65_HS1-834228961_62-HQ-83894_Serial_438
Agency: FBI
Page 34
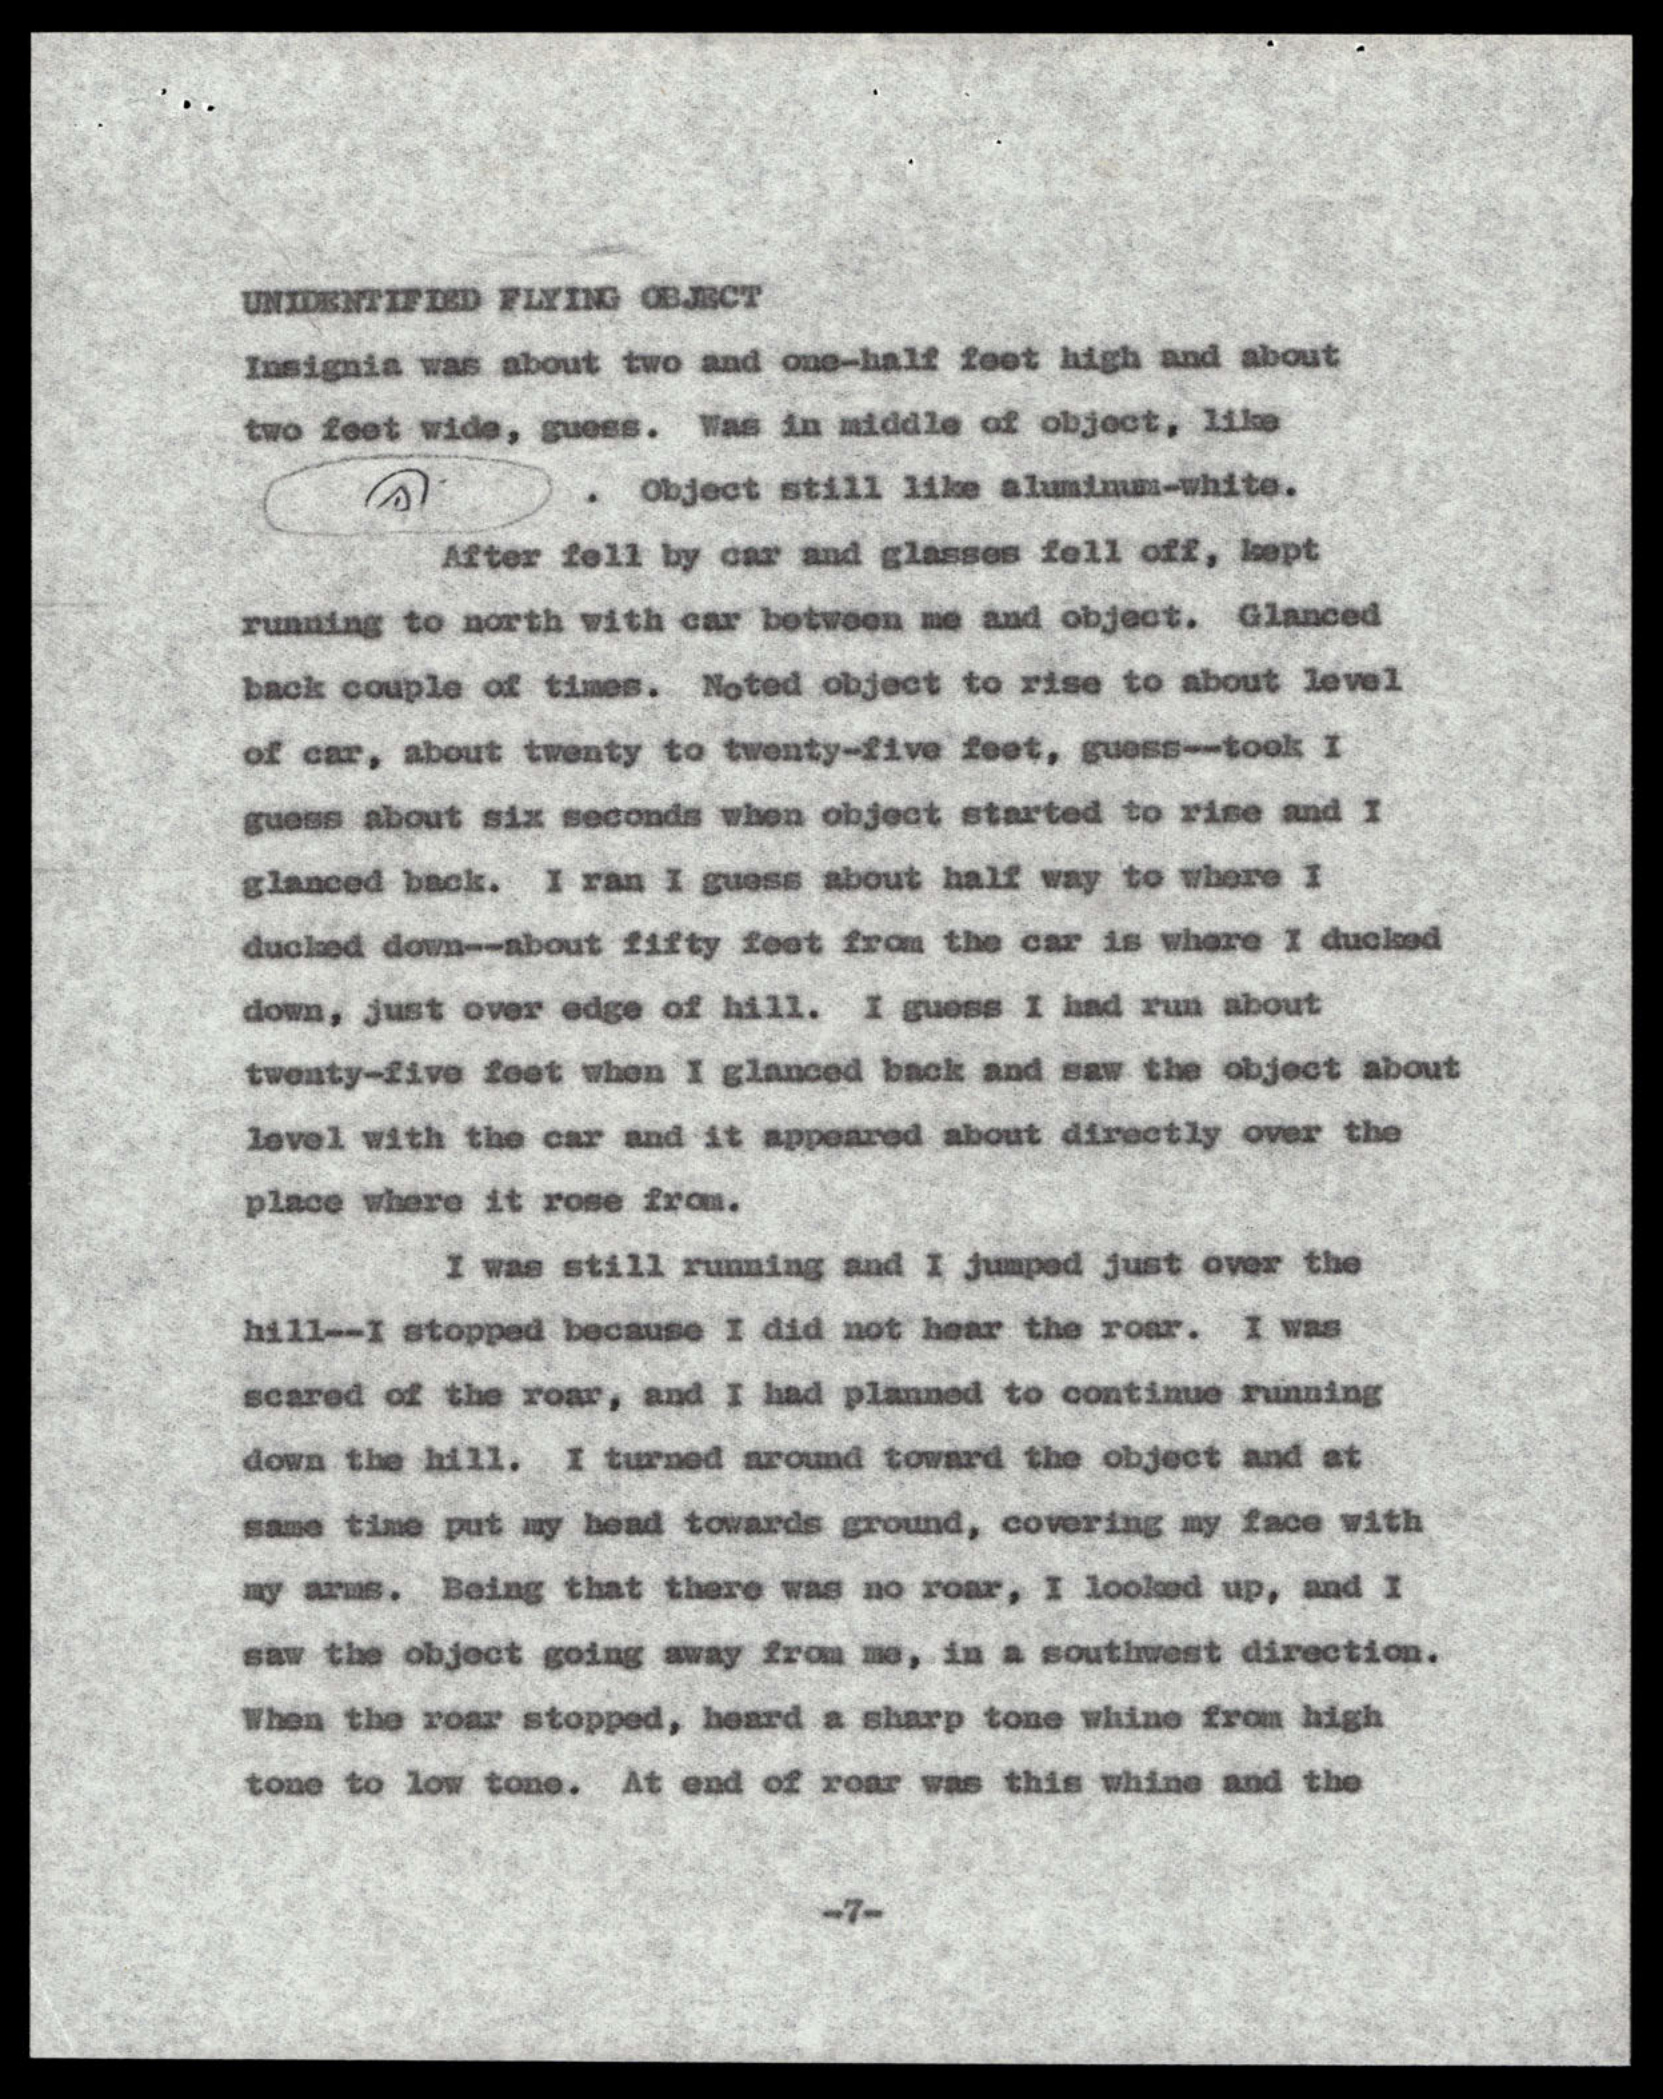